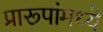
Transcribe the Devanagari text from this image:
प्रारूपांमध्ये